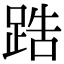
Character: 𨁒